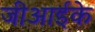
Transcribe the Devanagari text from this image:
जीआईके